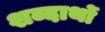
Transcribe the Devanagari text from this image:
शब्दार्थो